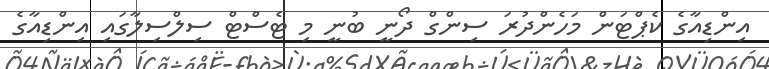
އިންޑިއާގެ ކެޕްޓަން މަހެންދުރަ ސިންގް ދޯނީ ބުނީ މި ޓެސްޓް ސިލްސިލާގައި އިންޑިއާގެ